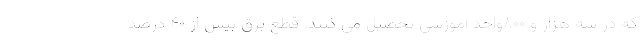
که در سه هزار و ۸۰۰واحد آموزشی تحصیل می کنند. قطع برق بیش از ۴۰ درصد